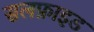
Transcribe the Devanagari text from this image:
सलफ़ाइड